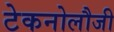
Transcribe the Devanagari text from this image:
टेकनोलौजी